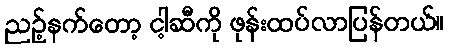
ညဉ့်နက်တော့ ငါ့ဆီကို ဖုန်းထပ်လာပြန်တယ်။